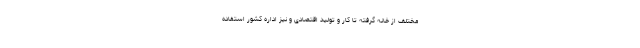
مختلف از خانه گرفته تا کار و تولید اقتصادی و نیز اداره کشور استفاده